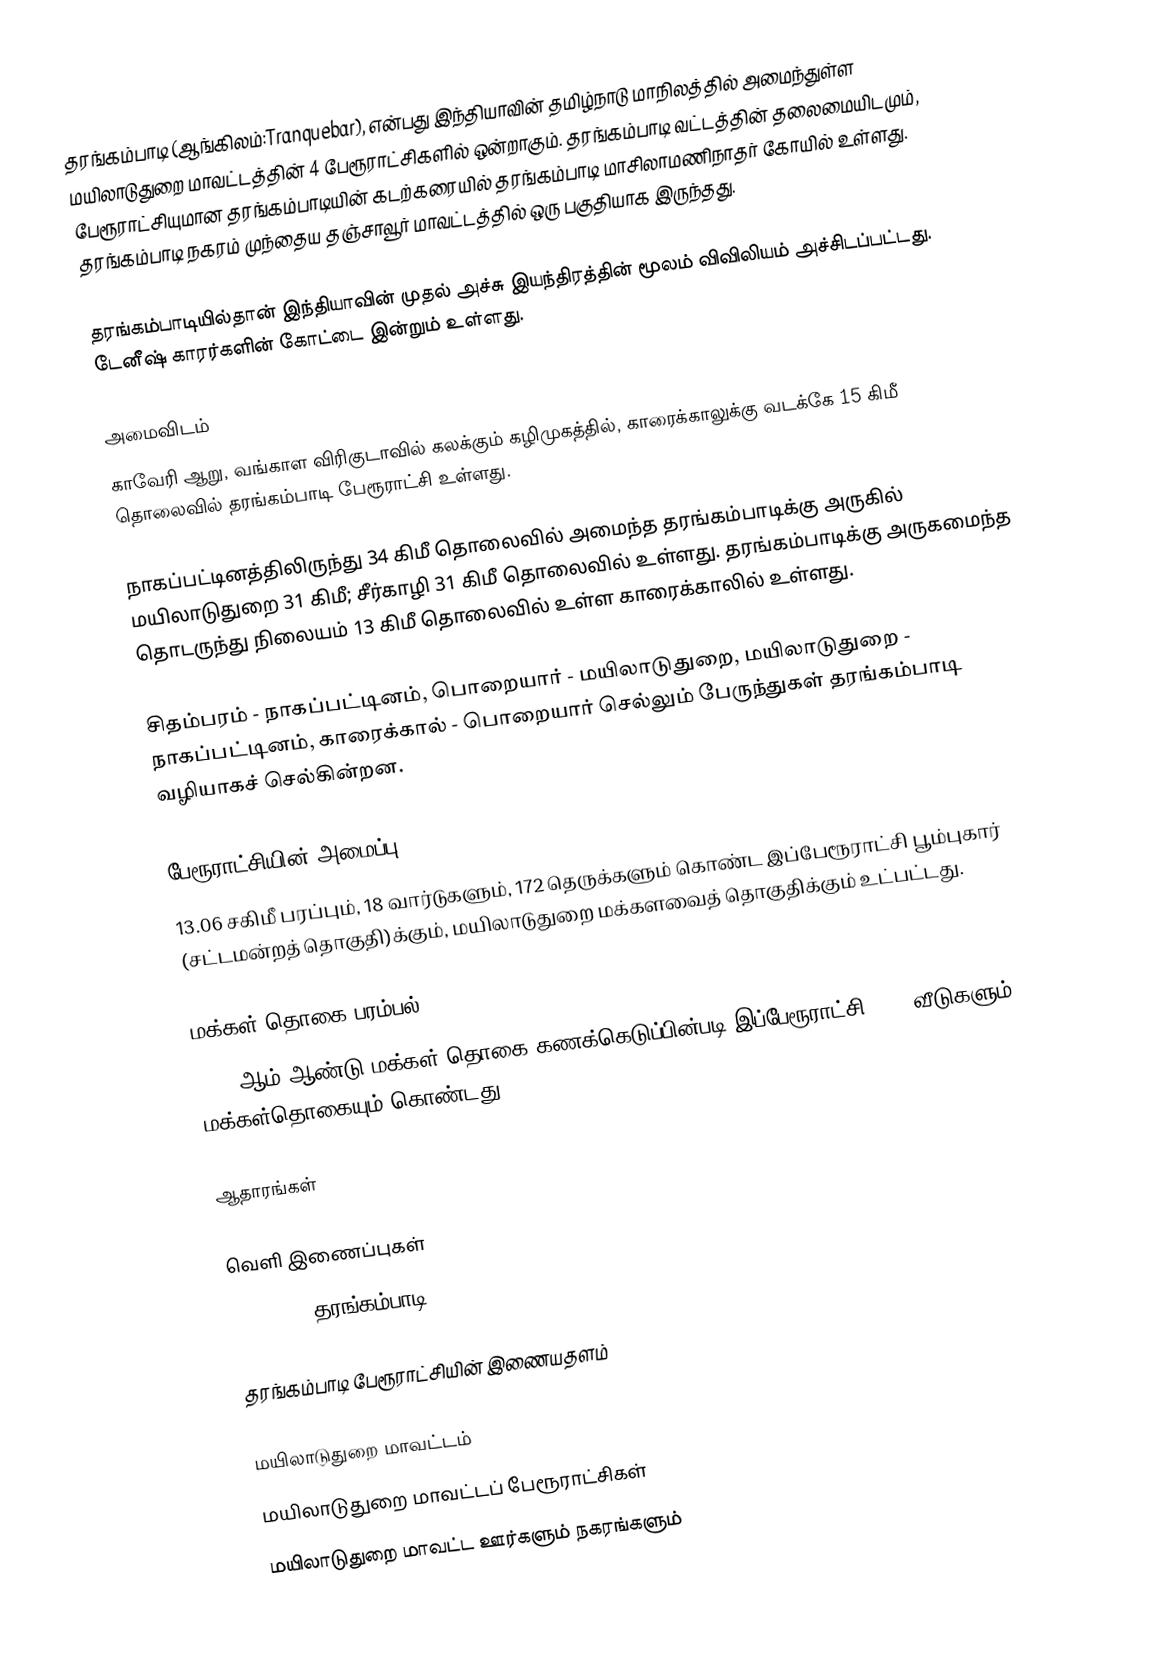
தரங்கம்பாடி (ஆங்கிலம்:Tranquebar), என்பது இந்தியாவின் தமிழ்நாடு மாநிலத்தில் அமைந்துள்ள மயிலாடுதுறை மாவட்டத்தின் 4 பேரூராட்சிகளில் ஒன்றாகும். தரங்கம்பாடி வட்டத்தின் தலைமையிடமும், பேரூராட்சியுமான தரங்கம்பாடியின்  கடற்கரையில் தரங்கம்பாடி மாசிலாமணிநாதர் கோயில் உள்ளது. தரங்கம்பாடி நகரம் முந்தைய தஞ்சாவூர் மாவட்டத்தில் ஒரு பகுதியாக இருந்தது.

தரங்கம்பாடியில்தான் இந்தியாவின் முதல் அச்சு இயந்திரத்தின் மூலம் விவிலியம் அச்சிடப்பட்டது. டேனீஷ் காரர்களின் கோட்டை இன்றும் உள்ளது.

அமைவிடம்
காவேரி ஆறு, வங்காள விரிகுடாவில் கலக்கும் கழிமுகத்தில், காரைக்காலுக்கு வடக்கே 15 கிமீ தொலைவில் தரங்கம்பாடி பேரூராட்சி உள்ளது.

நாகப்பட்டினத்திலிருந்து  34 கிமீ தொலைவில் அமைந்த தரங்கம்பாடிக்கு அருகில் மயிலாடுதுறை 31 கிமீ; சீர்காழி 31 கிமீ தொலைவில் உள்ளது. தரங்கம்பாடிக்கு அருகமைந்த தொடருந்து நிலையம்  13 கிமீ தொலைவில் உள்ள காரைக்காலில் உள்ளது.

சிதம்பரம் - நாகப்பட்டினம், பொறையார் - மயிலாடுதுறை, மயிலாடுதுறை - நாகப்பட்டினம், காரைக்கால் - பொறையார் செல்லும்  பேருந்துகள் தரங்கம்பாடி வழியாகச் செல்கின்றன.

பேரூராட்சியின் அமைப்பு
13.06 சகிமீ பரப்பும்,  18  வார்டுகளும்,  172 தெருக்களும் கொண்ட இப்பேரூராட்சி  பூம்புகார் (சட்டமன்றத் தொகுதி)க்கும், மயிலாடுதுறை மக்களவைத் தொகுதிக்கும் உட்பட்டது.

மக்கள் தொகை பரம்பல்
2011-ஆம் ஆண்டு மக்கள் தொகை கணக்கெடுப்பின்படி இப்பேரூராட்சி 5482 வீடுகளும், 23,191 மக்கள்தொகையும் கொண்டது.

ஆதாரங்கள்

வெளி இணைப்புகள்
 GeoHack - தரங்கம்பாடி

தரங்கம்பாடி பேரூராட்சியின் இணையதளம்

மயிலாடுதுறை மாவட்டம்
மயிலாடுதுறை மாவட்டப் பேரூராட்சிகள்
மயிலாடுதுறை மாவட்ட ஊர்களும் நகரங்களும்